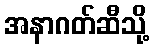
အနာဂတ်ဆီသို့